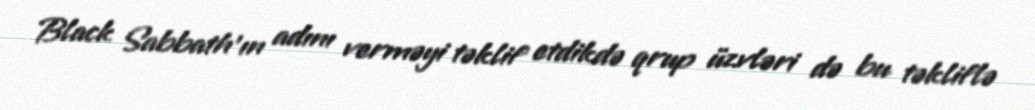
Black Sabbath’ın adını verməyi təklif etdikdə qrup üzvləri də bu təkliflə